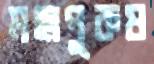
মহাপুরুষ